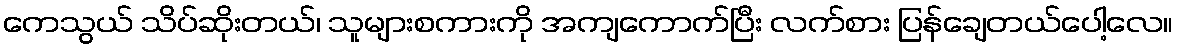
ကေသွယ် သိပ်ဆိုးတယ်၊ သူများစကားကို အကျကောက်ပြီး လက်စား ပြန်ချေတယ်ပေါ့လေ။